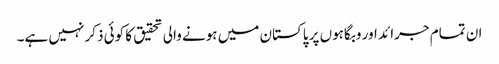
ان تمام جرائد اور وبگاہوں پر پاکستان میں ہونے والی تحقیق کا کوئی ذکر نہیں ہے۔